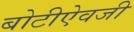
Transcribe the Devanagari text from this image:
बोटीऐवजी